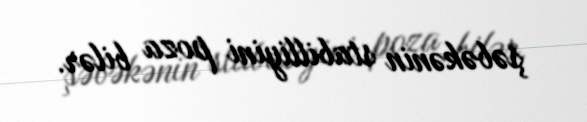
şəbəkənin stabilliyini poza bilər.